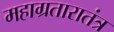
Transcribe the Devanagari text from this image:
महाग्रतारातंत्र